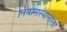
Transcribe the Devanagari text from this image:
निवासस्थानाला